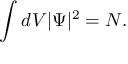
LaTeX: \int d V | \Psi | ^ { 2 } = N .